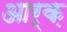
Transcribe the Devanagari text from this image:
आर्क़